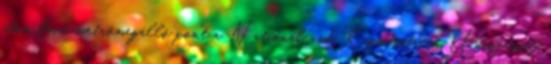
úton lévő metrómegálló pont a National and Kapodistrian University